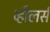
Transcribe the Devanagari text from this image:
व्हीलर्स